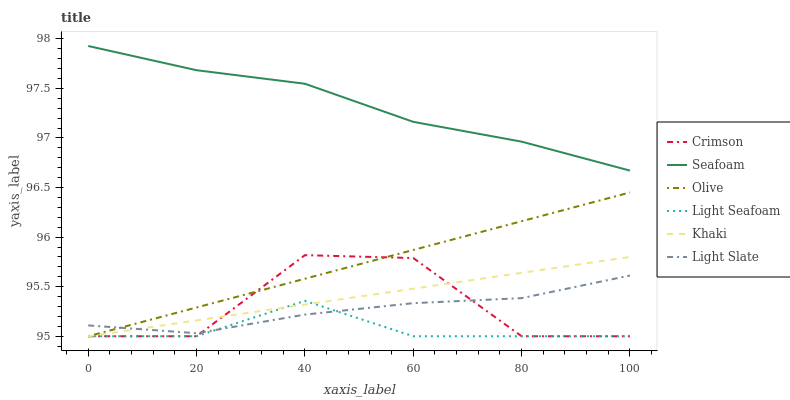
| xaxis_label | Crimson | Seafoam | Olive | Light Seafoam | Khaki | Light Slate |
 | --- | --- | --- | --- | --- | --- | --- |
 | 0 | 95 | 97.9 | 95 | 95 | 95 | 95.1 |
 | 20 | 95 | 97.7 | 95.3 | 95 | 95.2 | 95 |
 | 40 | 95.8 | 97.5 | 95.6 | 95.4 | 95.3 | 95.2 |
 | 60 | 95.8 | 97.2 | 95.9 | 95 | 95.5 | 95.3 |
 | 80 | 95 | 97 | 96.2 | 95 | 95.6 | 95.4 |
 | 100 | 95 | 96.7 | 96.5 | 95 | 95.8 | 95.6 |